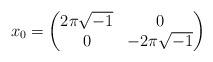
LaTeX: \begin{align*} x_0 = \begin{pmatrix} 2\pi \sqrt{-1} & 0 \\ 0 & -2\pi \sqrt{-1} \end{pmatrix}\end{align*}